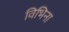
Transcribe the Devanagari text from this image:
विभिना